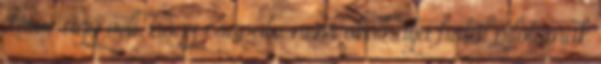
Lowe úgy véli, hogy csapata nem okolhatja fiatal pilótáinak